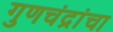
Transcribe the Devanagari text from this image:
गुणचंद्रांचा